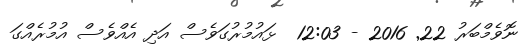
ނޮވެމްބަރު 22